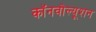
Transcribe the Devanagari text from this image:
कॉनवोल्यूशन